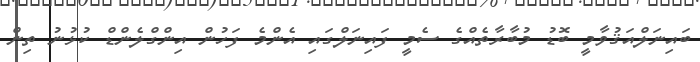
ބައިނަލްއަޤުވާމީ ބޮޑު މުބާރާތެއްގެ ސެމީ ފައިނަލްގައި އެންމެ ފަހުން އިންގްލެންޑް ކުޅުނު ތިން